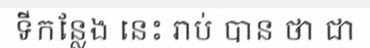
ទីកន្លែង នេះ រាប់ បាន ថា ជា